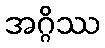
အဂ္ဂိဿ